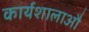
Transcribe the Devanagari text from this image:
कार्यशालाऔ